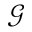
\mathcal { G }